Bréfritari: Benedikt Hálfdanarson
Dagsetning: A-1879-10-09
Skrifað á: Vesturheimi

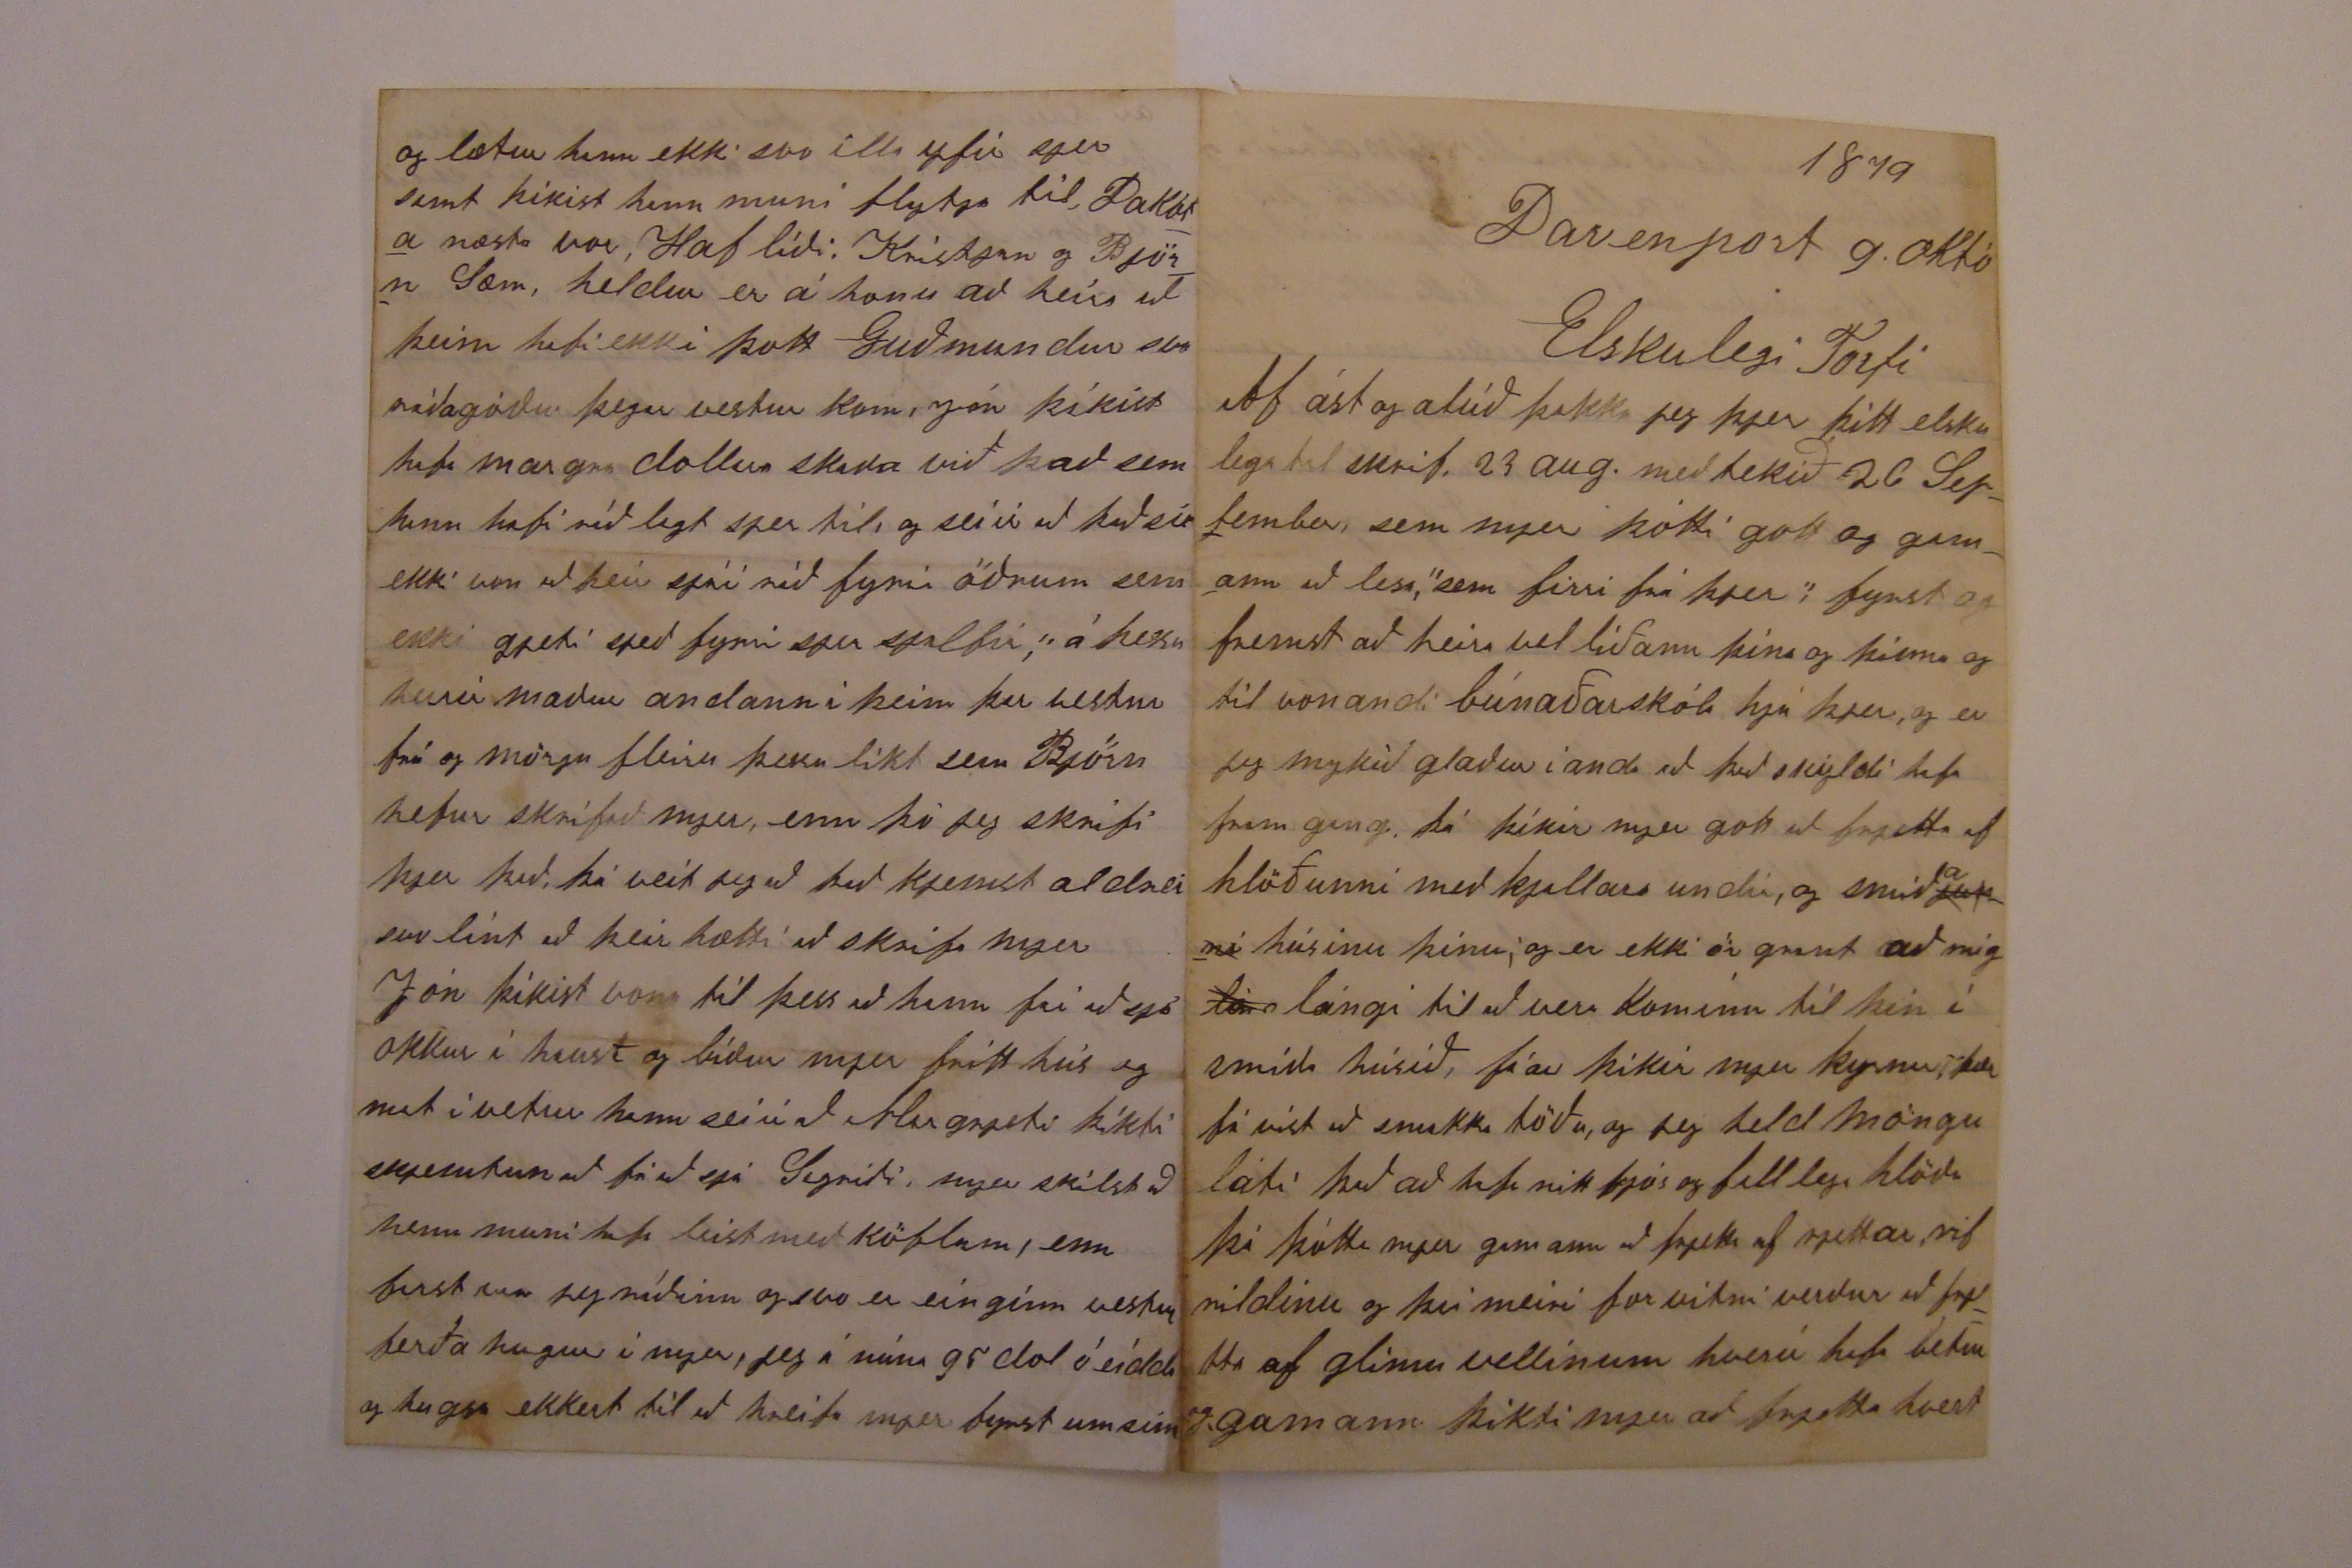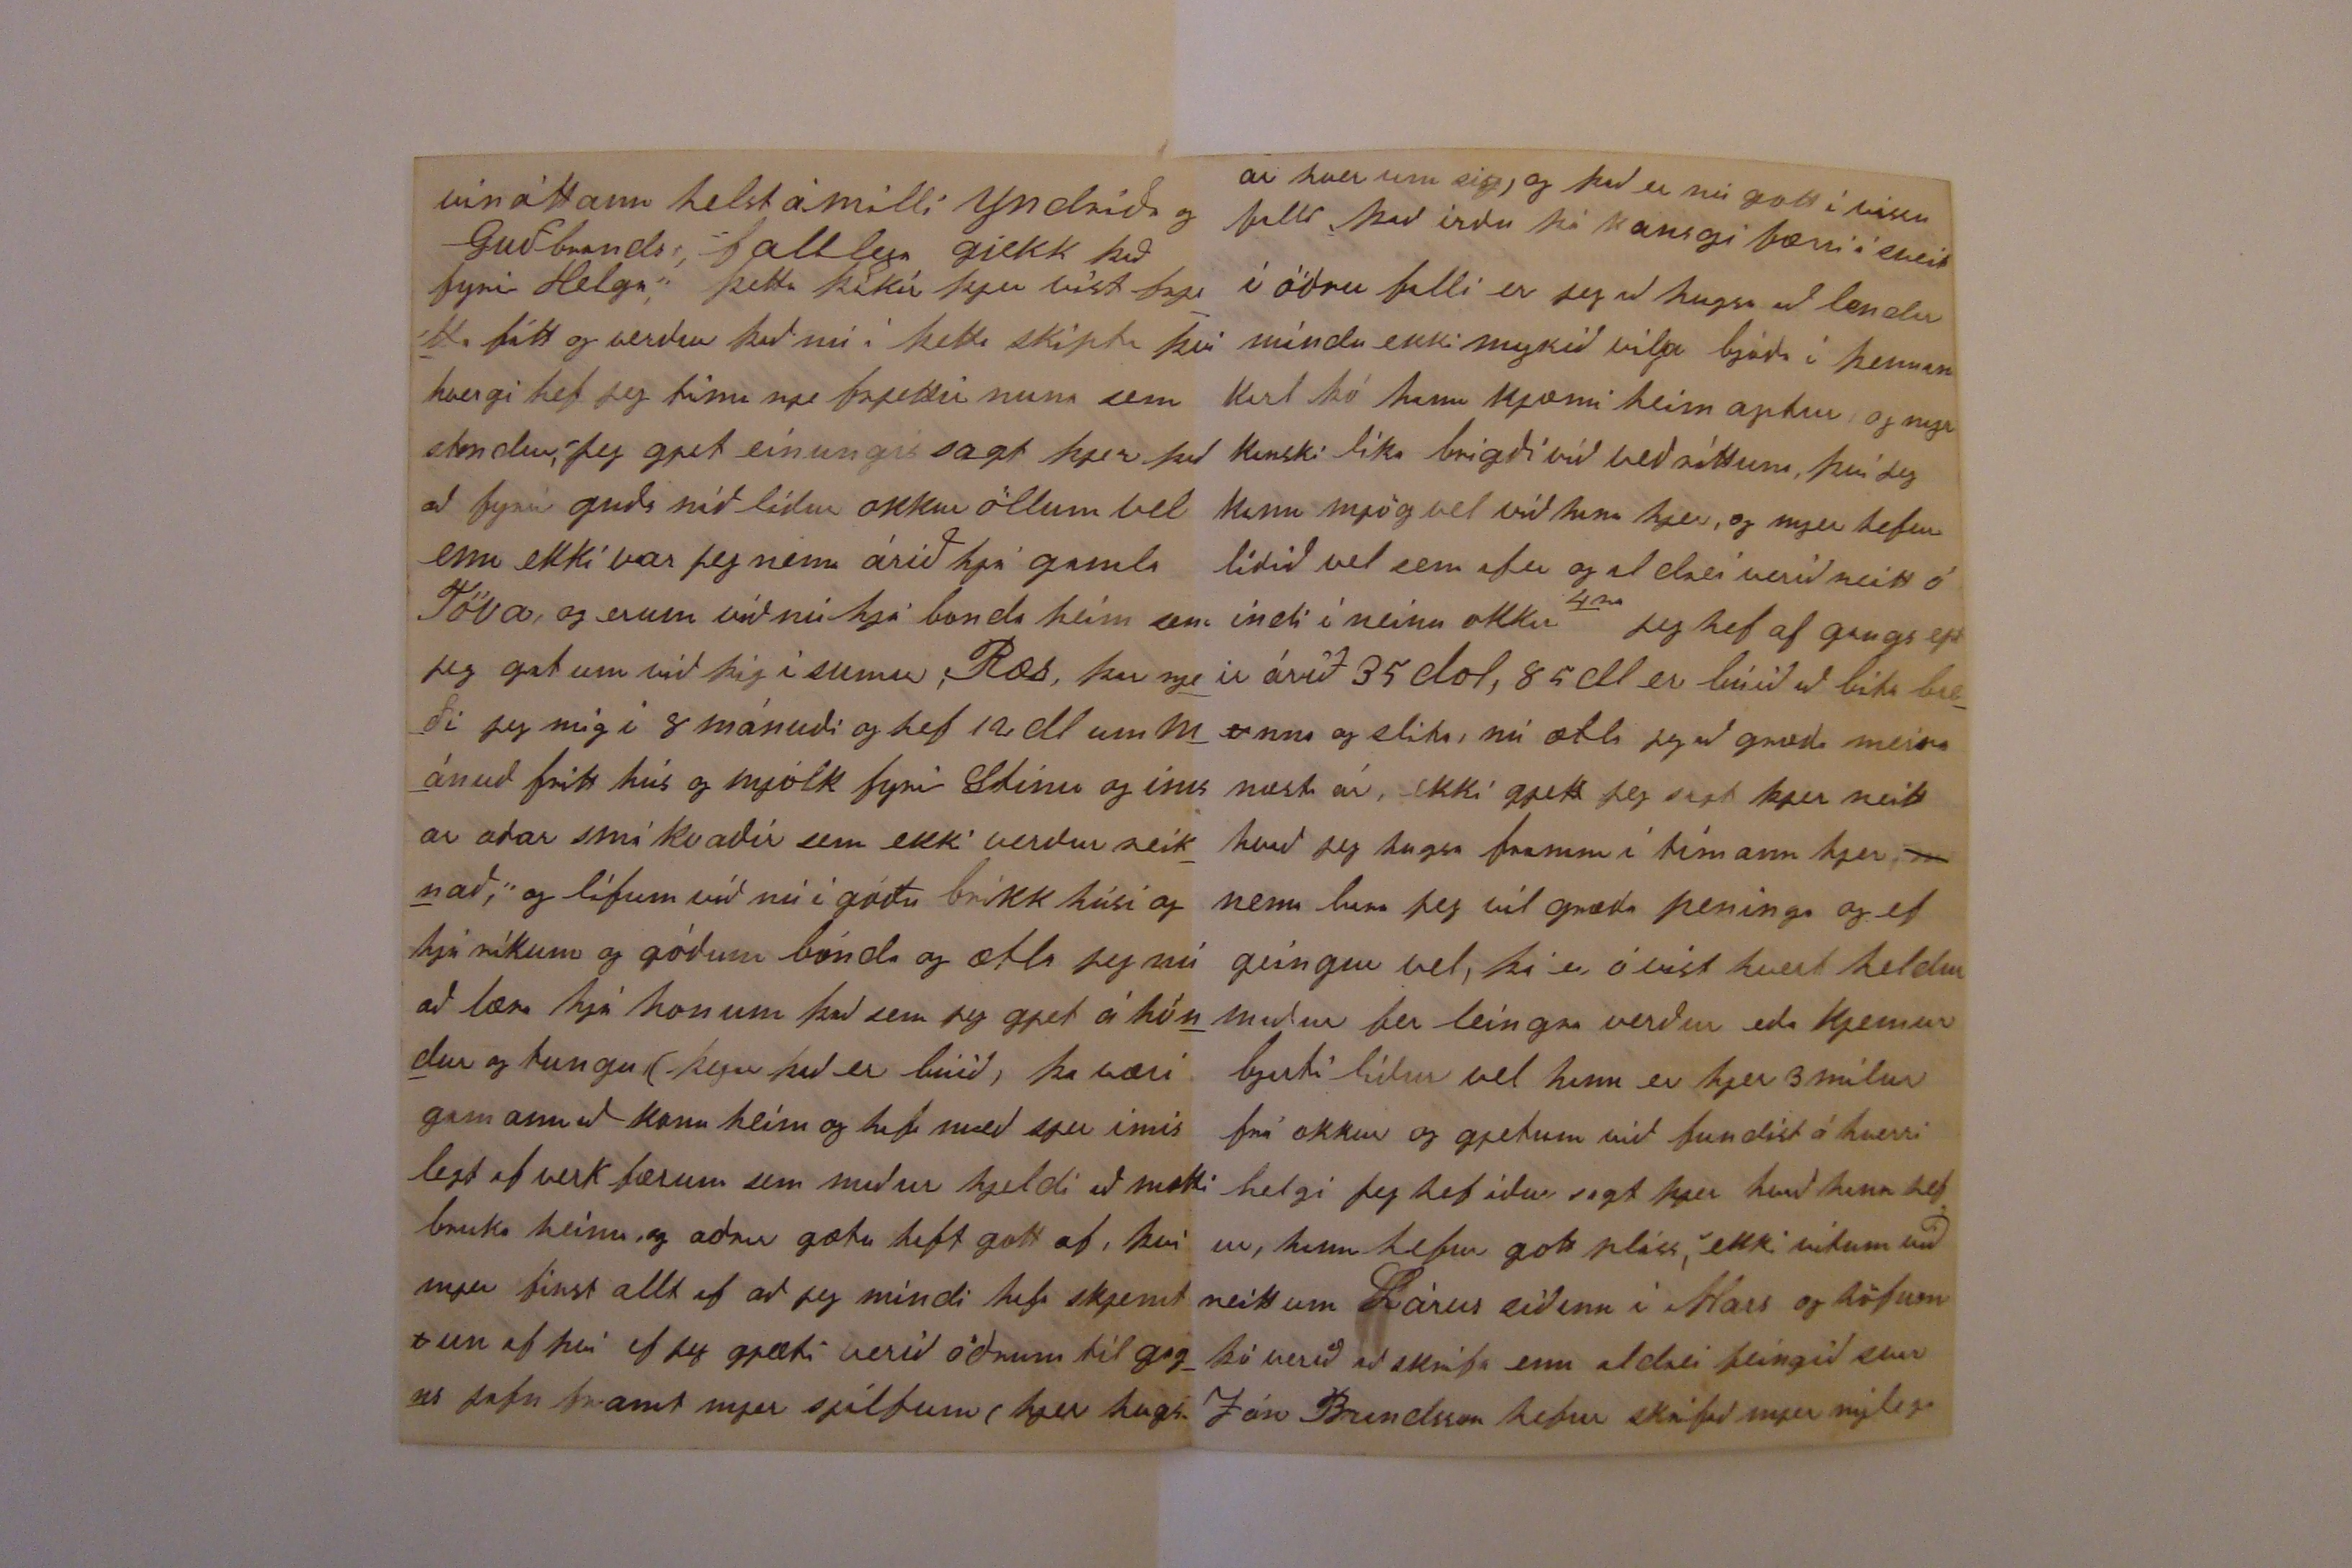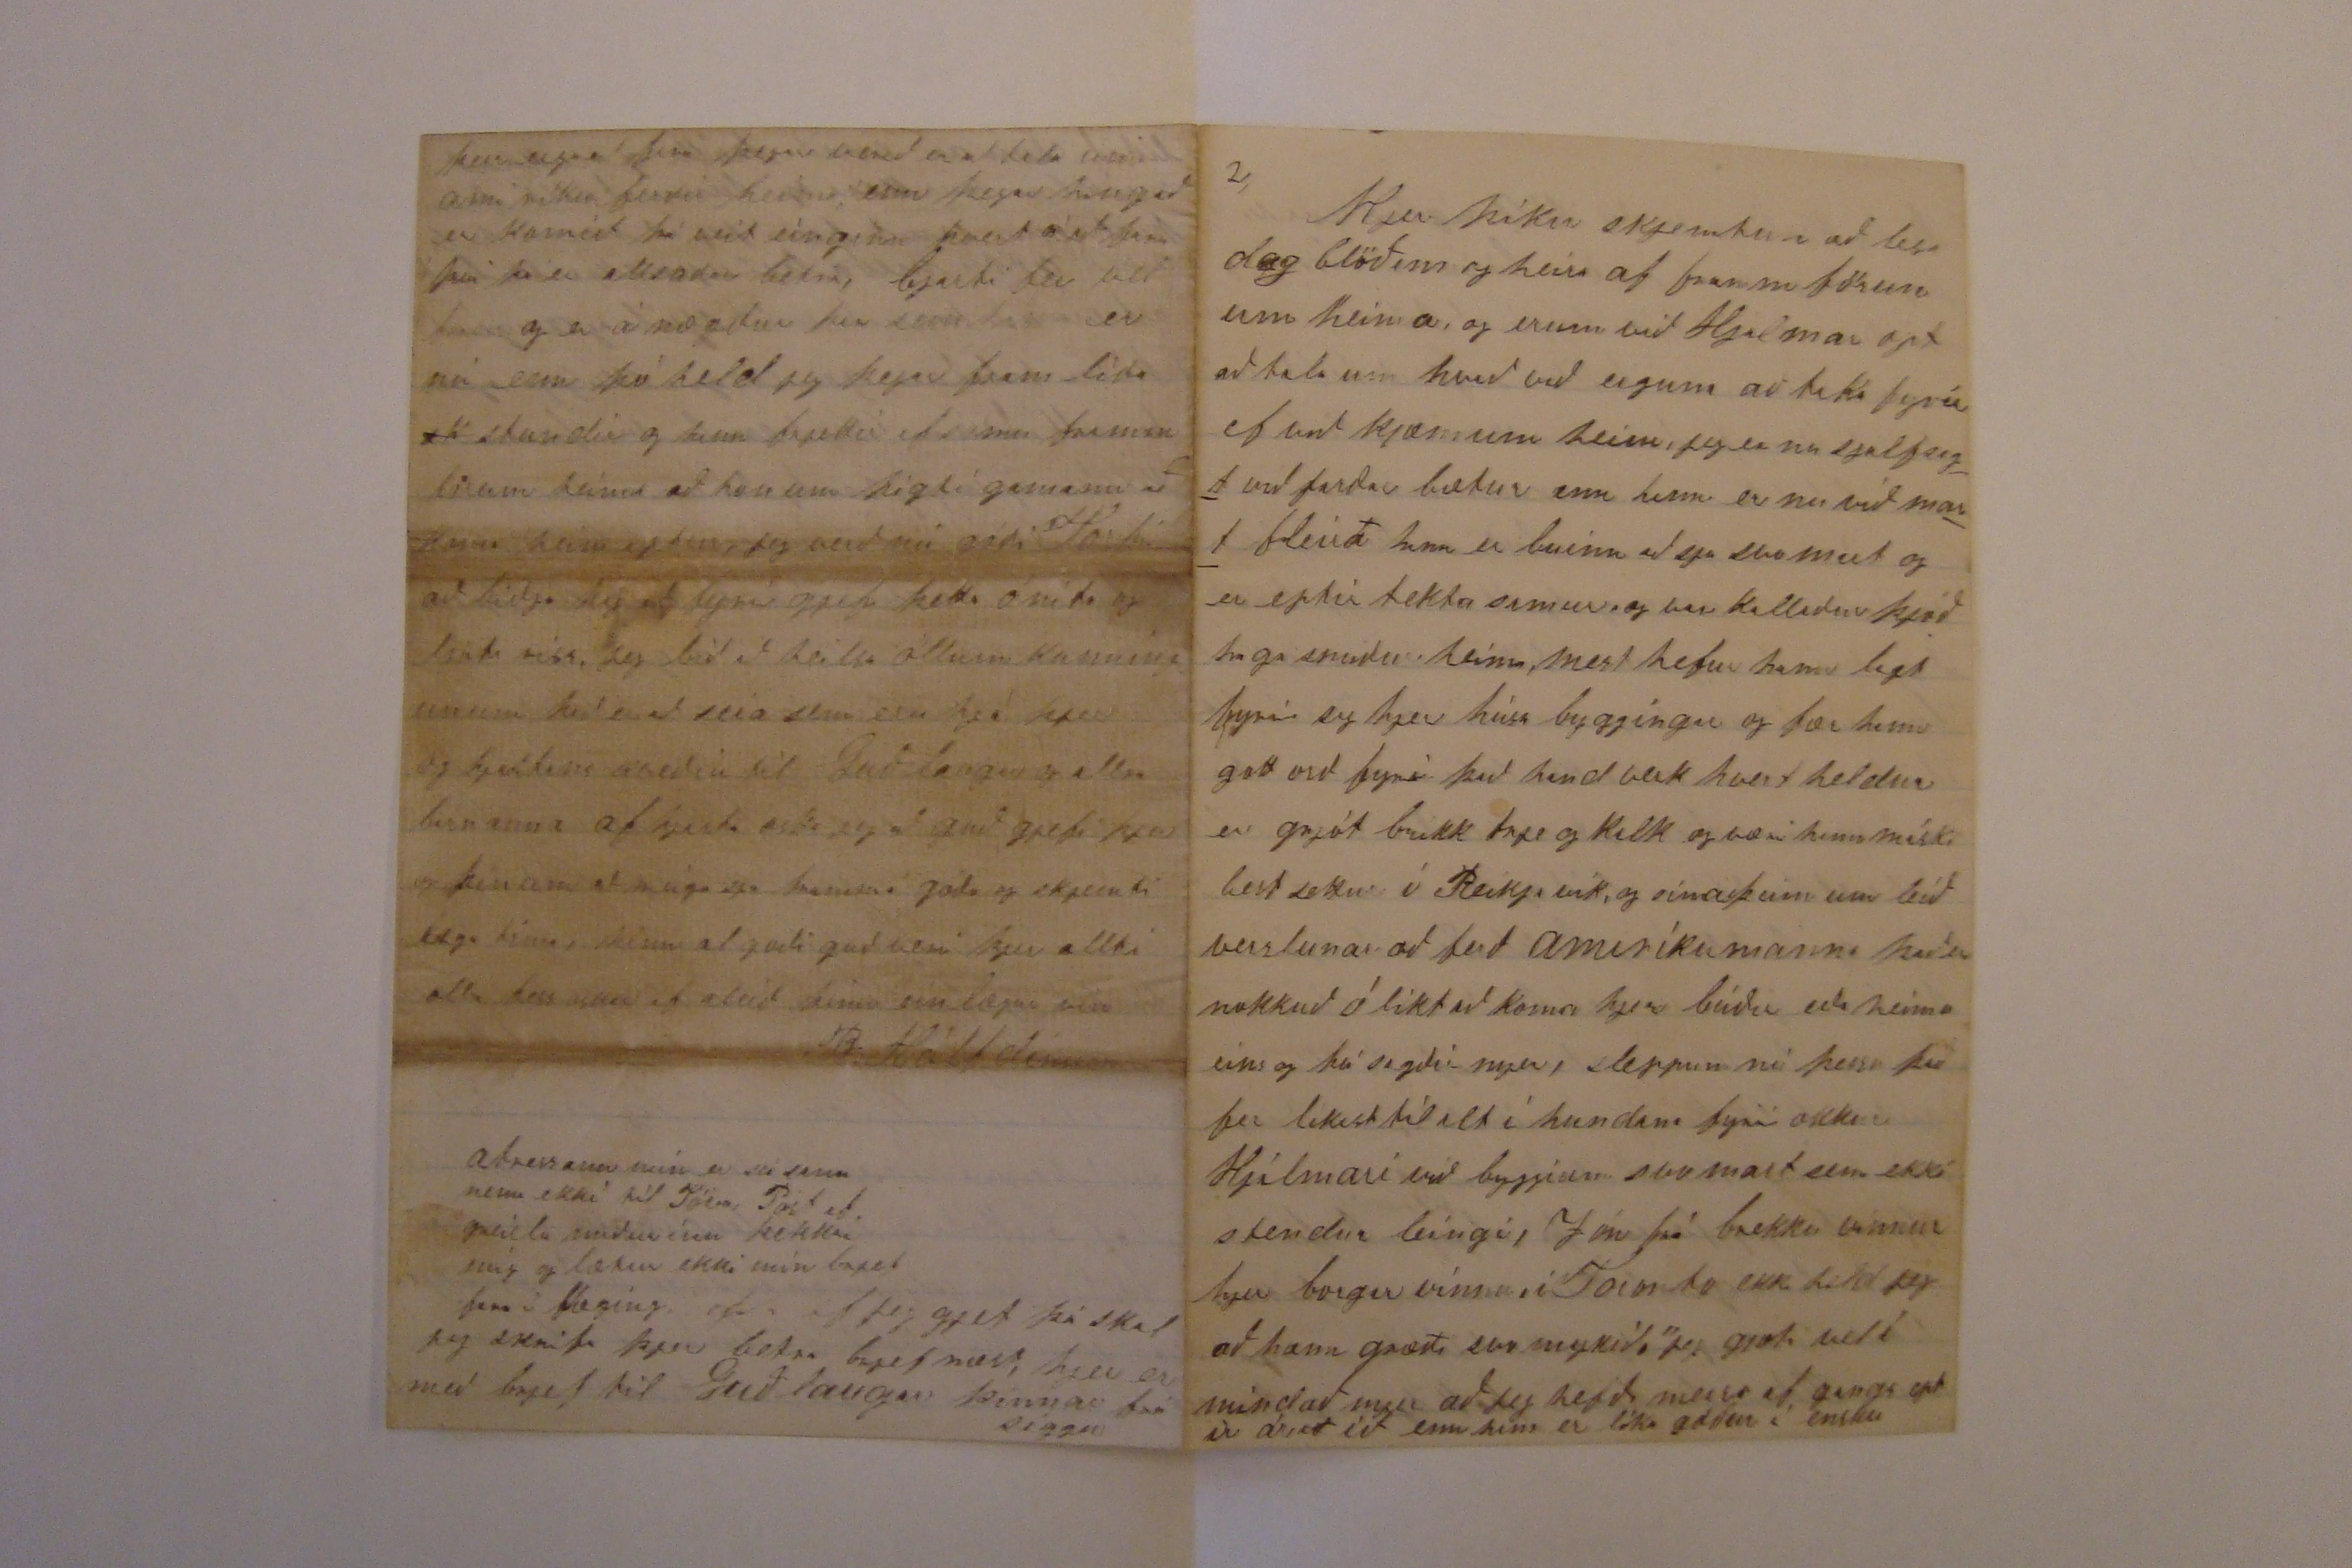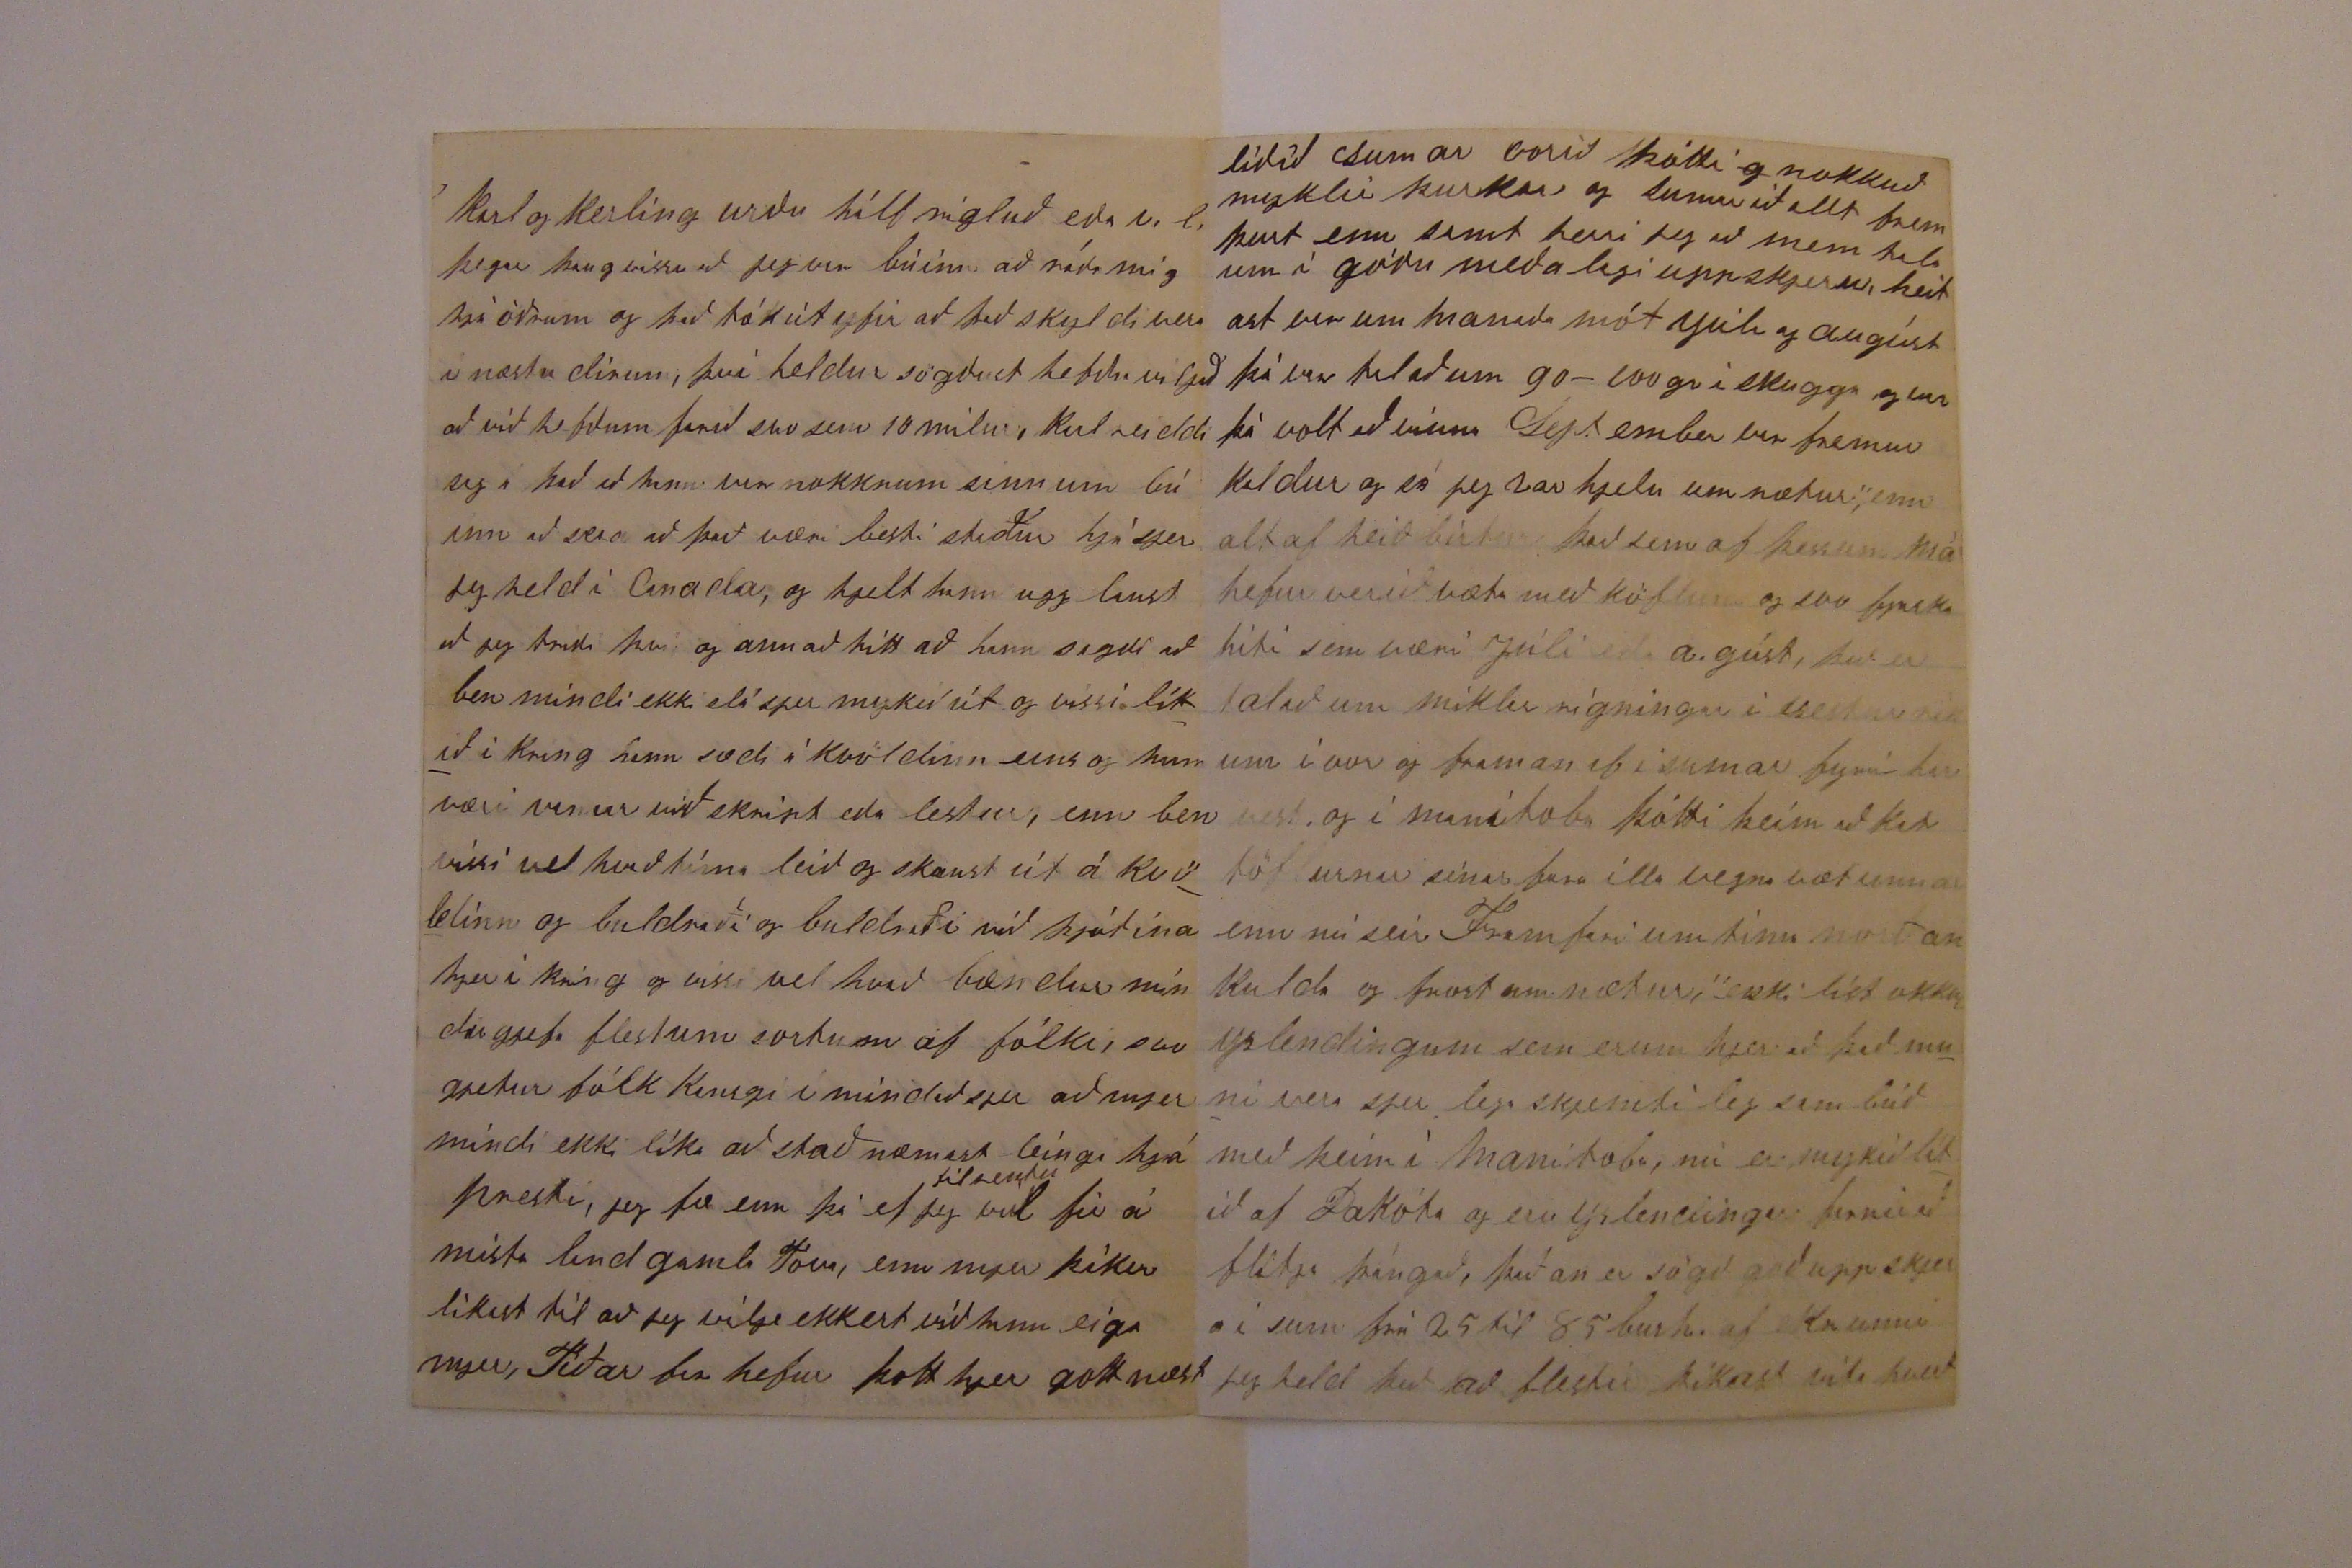

1879
Davenport 9. októ
Elskulegi Torfi
Af ást og alúð þakka jeg þjer þitt elskulega tilskrif 23 aug. meðtekið 26 September, sem mjer þótti gott og gamann að lesa "sem firri frá þjer", fyrst og fremst að heira vel líðann þína og þinna og til vonandi búnaðarskóla hjá þjer, og er jeg mykið glaður í anda að það skyldi hafa framgeng þá þikir mjer gott að frjetta af hlöðunni með kjallara undir og smíð
a
junni
húsinu þínu, og er ekki ör grant að mig
lán
lángi til að vera kominn til þín í smíða húsið, fáar þikir mjer kyrnar þær fá víst að smakka töðu, og jeg held
möngu
láti það að hafa mitt fjós og falllega hlöðu þá þótti mjer gamann að frjetta af rjettar rifrildinu og því meiri forvitni verður að frjetta af glímu vellinum hverir hafa betur
og
gamann þókti mjer að frjetta hvert
vináttann helst á milli Yndriða og Guðbrands, falllega gjekk það fyrir Helga, þetta þikir þjer víst frjetta fátt og verður það nú í þetta skipti því hvergi hef jeg tíma nje frjettir nuna sem stendur gjet einungis sagt þjer það að fyrir guðs náð líður okkur öllum vel enn ekki var jeg nema árið hjá gamla Tóva, og erum við nú hjá bonda þeim sem jeg gat um við þig í sumar, Ræs, þar rjeði jeg mig í 8 mánuði og hef 12 dl um Mánuð frítt hús og mjólf fyrir Stínu og ímsar aðrar smákvaðir sem ekki verður reiknað, og lifum við nú í góðu brikk húsi og hjá ríkum og góðum bónda og ætla jeg nú að læra hjá honum það sem jeg gjet á höndur og tungu (þegar það er búið) þa væri gamann að koma heim og hafa með sjer ímislegt af verkfærum sem maður hjeldi að mætti bruka heima og aðrir gætu haft gott af, því mjer finst allt af að jeg mindi hafa skjemtun af því ef jeg gjæti verið öðrum til gagns jafn framt mjer sjálfum (hjer hugsar
hver um sig) og það er nú gott í vissu falli það irðu þá kansgi færri á sveit í öðru falli er jeg að hugsa um að landar mindu ekki mykið vilja bjóða í þennan
karl
þó hann kjæmi heim aptur og 0000 kanski líka brigði við veðráttuna, því jeg kann mjög vel við hana hjer, og mjer hefur liðið vel sem af er og aldrei verið neitt ó indi í neinu okkar
4ra
jeg hef af gangs eptir árið 35 dol, 85 dl er búið að bíta brenna og slíta, nú ætla jeg að græða meira næsta ár, ekki gjet jeg sagt þjer neitt hvað jeg hugsa framm í tímann hjer,
000
nema bara jeg vil græða peninga og ef geingur vel, þá er óvíst hvert heldur maður fer leingra verður eða kjemur bjarti líður vel hann er hjer 3 mílur frá okkur og gjetum við fundist á hverri helgi Jeg hef áður sagt þjer hvað hann hefur, hann hefur gott pláss, ekki vitum við neitt um Lárus síðann í Mars og höfum þó verið að skrifa enn aldrei feingið svar Jón Brandsson hefur skrifað mjer nýlega
og lætur hann ekki svo illa yfir sjer samt þikist hann muni flytja til Dakóta næsta vor, Hafliði Kristjan og Björn Sæm, heldur er á honu að heira að þeim hafi ekki þott Guðmundur vera ráðagóður þegar vestur kom, Jón þikist hafa margra dollara
skaða
við það sem hann hafi ráðlagt sjer til og seiir að það sje ekki von að þeir spái ráð fyrir öðrum sem ekki gjeti sjeð fyrir sjer sjalfir, á þessu heirir maður andann í þeim þar vestur frá og mörgu fleiru þessu líkt sem Björn hefur skrifað mjer, enn þó jeg skrifi þjer það, þá veit jeg að það kjemst aldrei svo lánt að þeir hætti að skrifa mjer
Jón þikist vona til þess að hann fai að sjá okkur í haust og bíður mjer frítt hús og mat í vetur hann seiir að Margrjeti þókti skjemtun að fá að sjá Sigríði mjer skilst að henn muni hafa leist með köflum, enn first var jeg ráðinn og svo er einginn vestur ferða hugur í mjer, jeg á mína 95 dol óeidda og hugsa ekkert til að hreifa mjer fyrst um sinn
Mjer þikir skjemtun að lesa dag blöðinn og heira af frammförunum heima og erum við Hjálmar opt að tala um hvað við eigum að taka fyrir ef við kjæmum heim, jeg er nu sjalfsagt við fastar bætur enn hann er nú við mart fleira hann er buinn að sja svo mart og er eptirtektasamur og var kallaðu þjóðhags smiður heima, mest hefur hann lagt fyrir sig hjer húsa biggingar og fær hann gott
veð
fyrir það handverk hvert heldur er grjót brikk trje eða kalk og væri hann máski best settur í Reikjavík, og sínast um um leið verslunar að ferð amiríkumanns það er nokkuð ólíkt að koma hjer búðir eða heima eins og þú sagðir mjer, sleppum nú þessu það fer líkast til alt í hundana fyrir okkur Hjálmari við byggium svo mart sem ekki stendur leingi, Jón frá brekku vinnur hjer borgar vinnur í Toronto ekki held jeg að hann græði svo mykið Jeg gjæti vel í mindað mjer að jeg hefði meira af gangs eptir
árið
enn hann er líka góður í ensku
karl og kerling urðu hálf rugluð eða n.l. þegar þaug vissu að jeg var búinn að ráða mig hjá öðrum og það tók út yfir að það skyldi vera í næstu dirum, því heldur sögðust hefðu viljað að við hefðum farið svo sem 10 mílur, karl reiddi sig á það að hann var nokkrum sinnum búinn að seia að það væri besti staður hjá sjer jeg held í Canada og hjelt hann ugglaust að jeg tristi því og annað hitt að hann sagði að
ben
mindi ekki slá sjer mykið út og vissi lítið í kring hann
sædi
á kvöldinn eins og hann væri vanur við skript eða lestur, enn ben vissi vel hvað tíma leið og skaust út á kvöldinn og buldraði og buldraði við þjóðina hjer í krin og vissi vel hvað bændur mindu gjefa flestum sortum af fólki, svo gjetur fólk kansgi ímindað sjer að mjer mindi ekki líka að stað næmast leingi hjá presti, jeg fæ enn þá ef jeg vil
til rentu
fir á
mista
land gamla Tova, enn mjer þikir líkast til að jeg vilji ekkert við hann eiga mjer, Tíðar far hefur þott hjer gott næst
lítið sumar vorið þótti
g
nokkuð myklir þurkar og sumarið allt frem þurt enn samt heiri jeg að menn tala um í góðu meðalagi uppskjeru, heitast var um manaðam´mot Júlí og augúst þá var talað um 90-100 gr í skugga og var þá vott að
vísu
September var fremur kaldur og sá jeg
þar
hjelu um næstu, enn altaf heiðbirta það sem af þessum má hefur verið væta með köflum og svo
fjaska
hiti sem væri Júlí eða agúst, það er talað um mikla rigningu í vestur ríkum í vor og framan af í sumar fyrir 00
vest
og í manitoba þótti þeim að
ket töfrurnar
sínar fara illa vegna vætunnar enn nú seiir Framfari um tíma norðan kulda og frost um næstur, ekki líst okkur yslendingum sem erum hjer að það muni vera sjerlega skjemtileg sambúð með þeim í Manitoba, nu´er mykið lítið af Dakóta og Yslendingar farnir að flitja þángað, þaðan er sögð goð uppskjera í
sum
frá 25 til 85 bush. af ekrunni jeg held það að flestir þikast vita hvert
þeir eiga að fara þegar verið er að tala um amiríku ferðir heima, enn þegar hingað er komið þá veit einginn hvert á að fara því þá er allstaðar betra, bjarti fer vel fram og er ánægður þar sem hann er nú enn þó held jeg þegar fram líða
sk
stundir og hann frjettir af sínum frammförum heima að honum þógti gamann að koma heim aptur, jeg verð nú góð Torfi að biðja þig að fyrirgjefa þetta óníta og ljóta riss, jeg bið að heilsa öllum kunningunum það er að seia sem eru hjá þjer og hjartans kveðjur til Guðlaugar og allra barnanna af hjarta oska jeg að guð gjefi þjer og þínum að meiga sja framan í góða og skjemtilega tíma, hinn al góði guð veri þjer allt í ollu þess oskar af alúð þinn einlægur vin
B. Hálfdánsson
Adressan mín er sú sama nema ekki til
Tóen
Póstal greislu maðurinn þekkir mig og lætur ekki mín bjref fara á flæging 000 ef jeg gjet þá skal jeg skrifa þjer betra brjef næst, hjer er með brjef til Guðlaugar þinnar frá Siggu